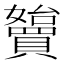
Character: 𡤓